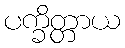
ပက္ခိတ္တာယ